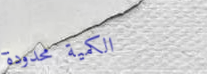
الكمية محدودة